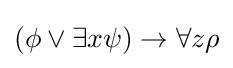
(\phi \lor \exists x\psi )\rightarrow \forall z\rho